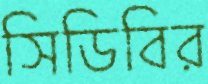
সিডিবির